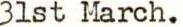
3lst March.